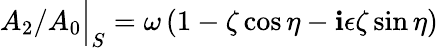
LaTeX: A_{2}/A_{0}\Big\vert_{S}=\omega\, (1-\zeta\cos{\eta}-\mathbf{i}\epsilon\zeta\sin\eta)